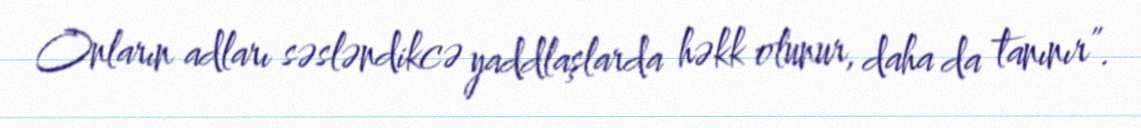
Onların adları səsləndikcə yaddlaşlarda həkk olunur, daha da tanınır”.